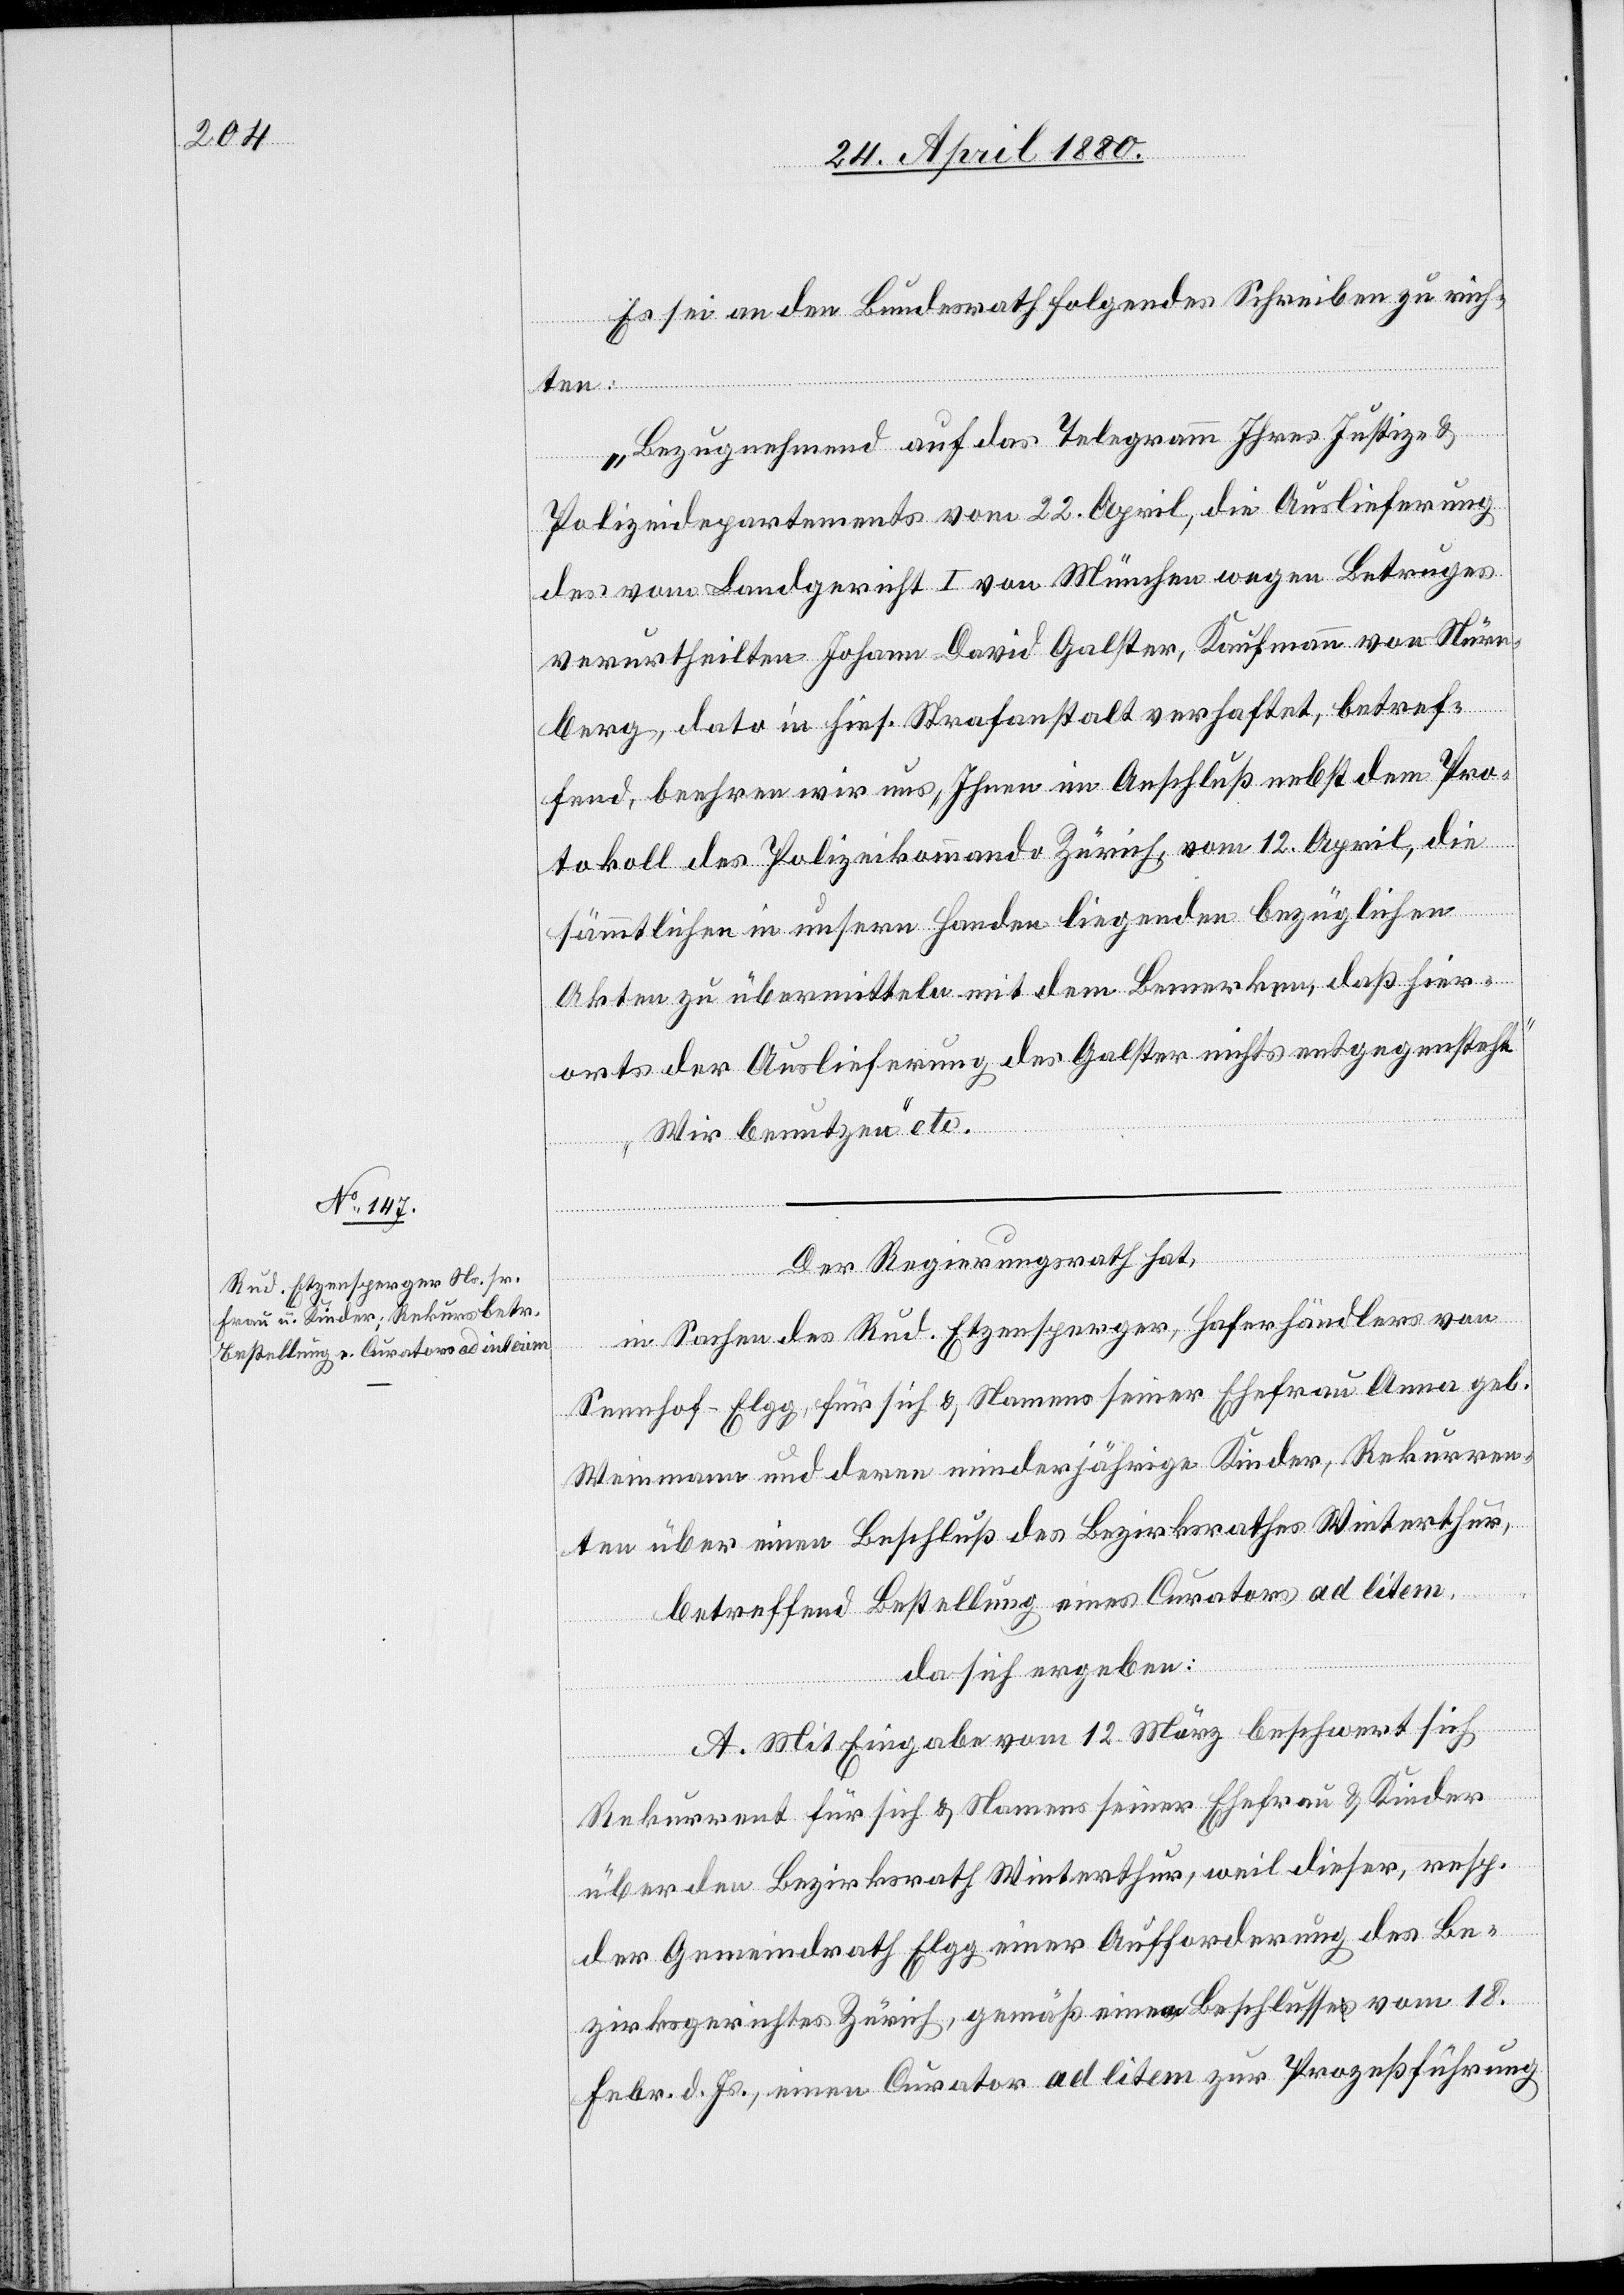
Es sei an den Bundesrath folgendes Schreiben zu rich¬
ten:
„Bezugnehmend auf das Telegramm Ihres Justiz- &
Polizeidepartements vom 22. April, die Auslieferung
des vom Landgericht I von München wegen Betruges
verurtheilten Johann David Galster, Kaufmann von Nürn¬
berg, dato in hies. Strafanstalt verhaftet, betref¬
fend, beehren wir uns, Ihnen im Anschluß nebst dem Pro¬
tokoll des Polizeikommando Zürich, vom 12. April, die
sämmtlichen in unsern Handen liegenden bezüglichen
Akten zu übermitteln mit dem Bemerken, daß hier¬
orts der Auslieferung des Galster nichts entgegensteht.
Wir benutzen“ etc.
Der Regierungsrath hat,
in Sachen des Rud. Etzensperger, Haferhändler von
Sennhof - Elgg, für sich & Namens seiner Ehefrau Anna geb.
Weinmann und deren minderjährige Kinder, Rekurren¬
ten über einen Beschluß des Bezirksrathes Winterthur,
betreffend Bestellung eines Curators ad litem
da sich ergeben:
A. Mit Eingabe vom 12. März beschwert sich
Rekurrent für sich & Namens seiner Ehefrau & Kinder
über den Bezirksrath Winterthur, weil dieser, resp.
der Gemeindrath Elgg einer Aufforderung des Be¬
zirksgerichtes Zürich, gemäß einem Beschlusse vom 18.
Febr. d. Js., einen Curator ad litem zur Prozeßführung